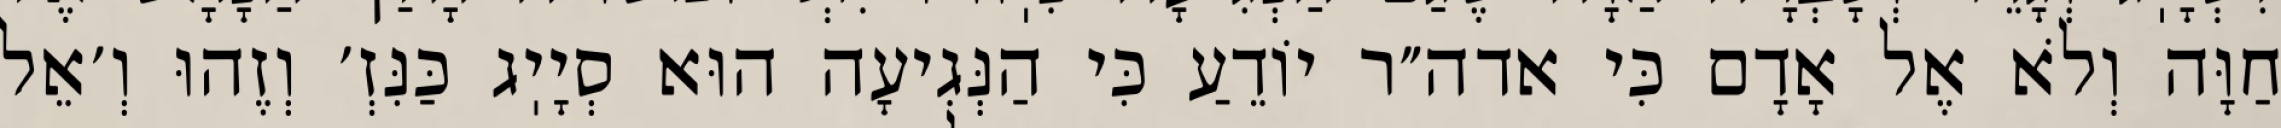
חַוָּה וְלֹא אֶל אָדָם כִּי אדה״ר יוֹדֵעַ כִּי הַנְּגִיעָה הוּא סְיָיֽג כַּנִּזְ׳ וְזֶהוּ וְ׳אֵל